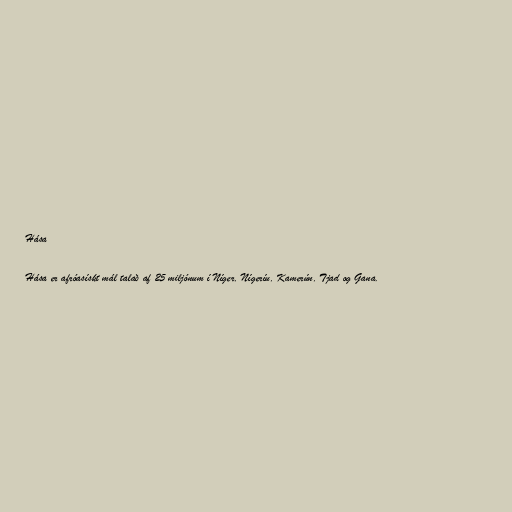
Hása

Hása er afróasískt mál talað af 25 miljónum í Níger, Nígeríu, Kamerún, Tjad og Gana.